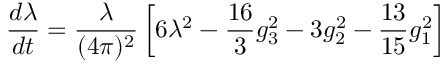
\frac { d \lambda } { d t } = \frac { \lambda } { ( 4 \pi ) ^ { 2 } } \left[ 6 \lambda ^ { 2 } - \frac { 1 6 } { 3 } g _ { 3 } ^ { 2 } - 3 g _ { 2 } ^ { 2 } - \frac { 1 3 } { 1 5 } g _ { 1 } ^ { 2 } \right]